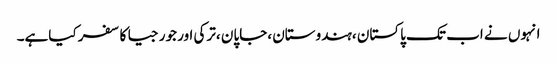
انہوں نے اب تک پاکستان ،ہندوستان ،جاپان ،ترکی اور جورجیا کا سفر کیاہے۔